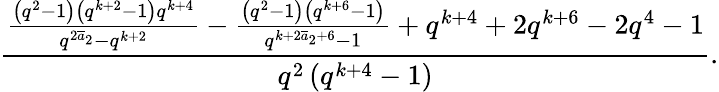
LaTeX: \frac{\frac{\left(q^{2}-1\right)\left(q^{k+2}-1\right)q^{k+4}}{q^{2{\overline{{a}}_{2}}}-q^{k+2}}-\frac{\left(q^{2}-1\right)\left(q^{k+6}-1\right)}{q^{k+2{\overline{{a}}_{2}}+6}-1}+q^{k+4}+2q^{k+6}-2q^{4}-1}{q^{2}\left(q^{k+4}-1\right)}.